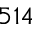
5 1 4